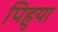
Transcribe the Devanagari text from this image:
पिहुया